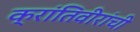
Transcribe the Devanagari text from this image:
क्रांतिवीरांची